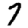
Digit: 7